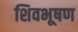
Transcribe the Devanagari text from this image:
शिवभूषण